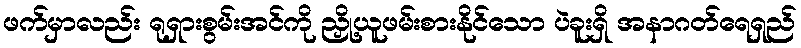
ဖက်မှာလည်း ရုရှားစွမ်းအင်ကို ညှို့ယူဖမ်းစားနိုင်သော ပဲခူးရှိ အနာဂတ်ရေရှည်